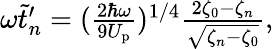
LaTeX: \begin{array}{r}{\omega\tilde{t}_{n}^{\prime}=(\frac{2\hbar\omega}{9U_{\mathrm{p}}})^{1/4}\frac{2\zeta_{0}-\zeta_{n}}{\sqrt{\zeta_{n}-\zeta_{0}}},}\end{array}